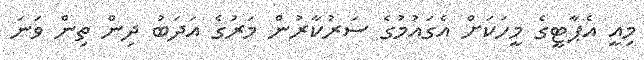
މިއީ އެޕާޓީގެ މީހަކަށް އެގައުމުގެ ސަރުކާރުން މަރުގެ އަދަބު ދިން ތިން ވަނަ